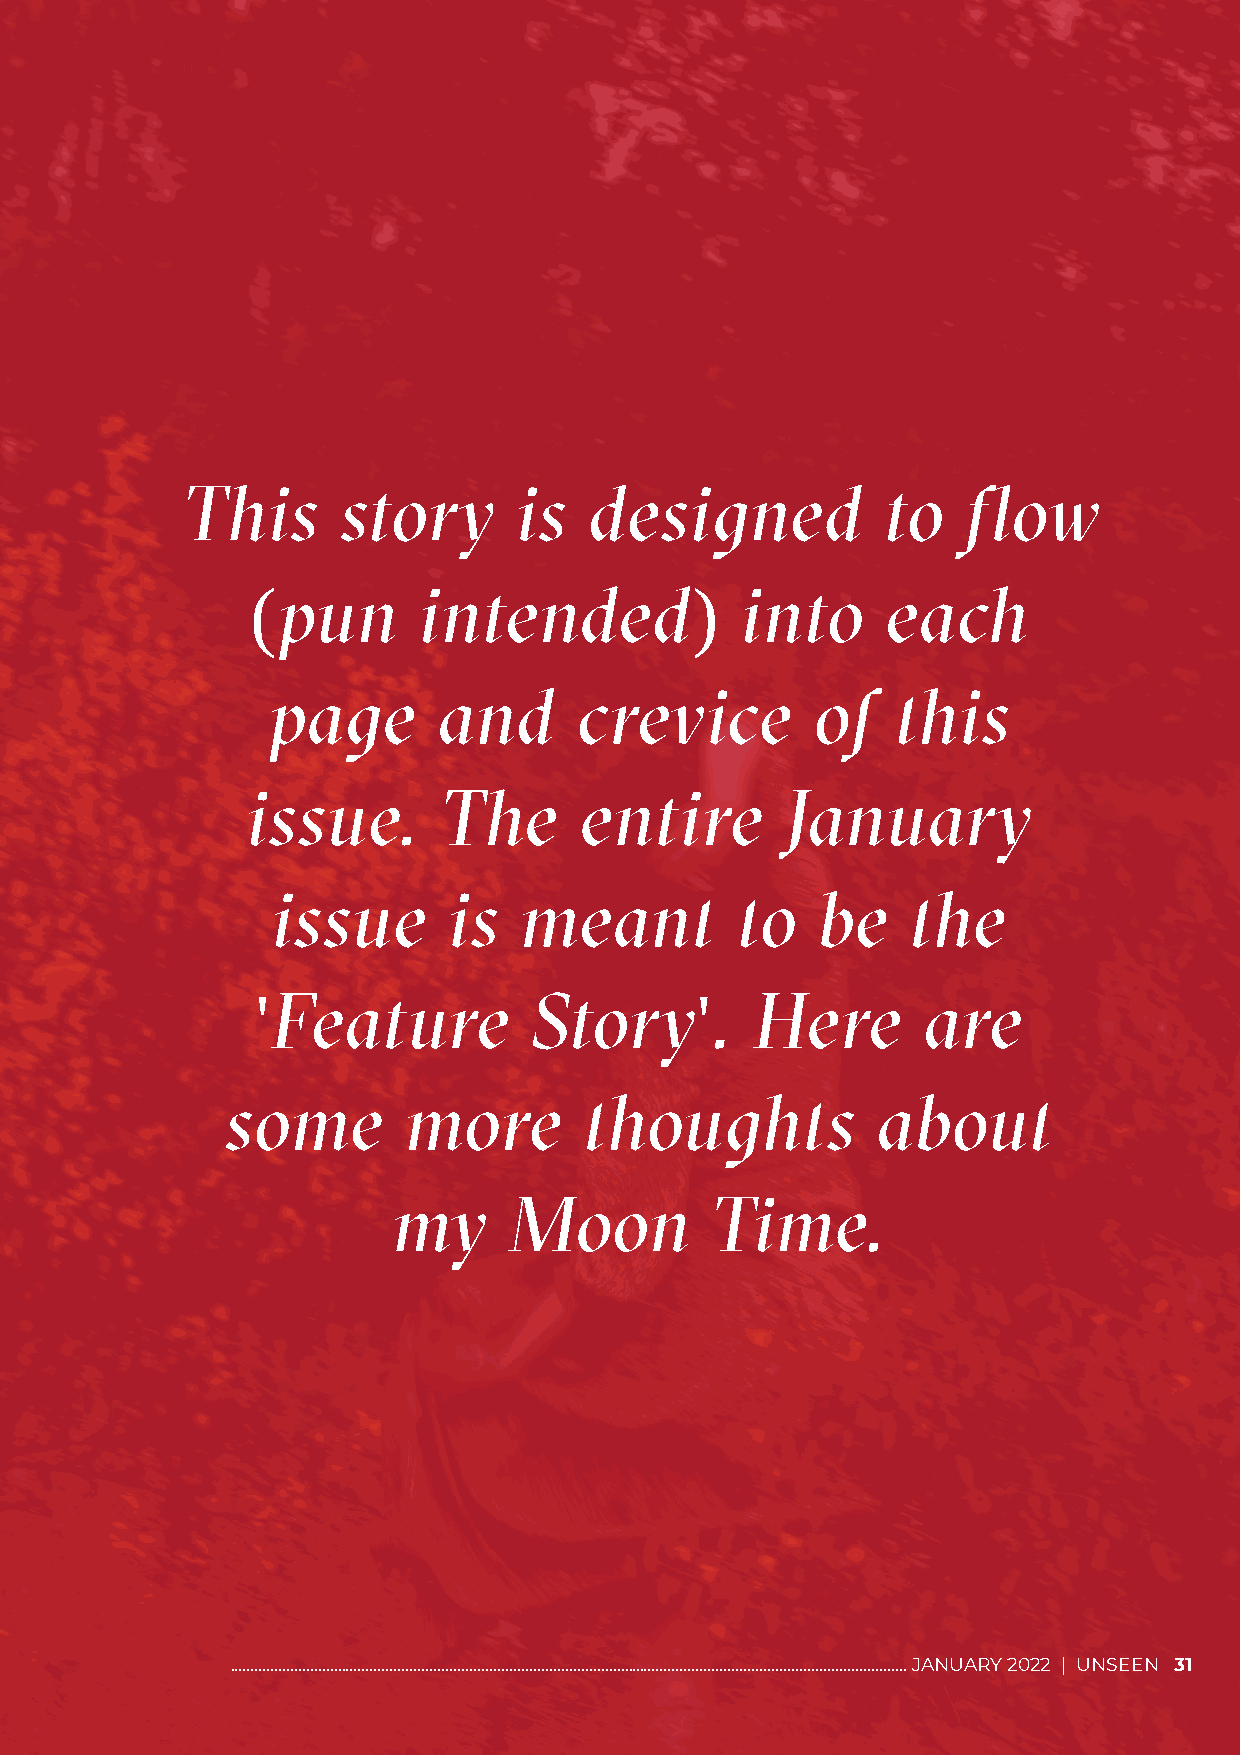
This      story       is   designed            to   flow
 pun       intended             into      each
 (                            )
 page       and      crevice         of   this
 issue.       The      entire        January
 issue       is  meant          to   be    the
 Feature          Story       .  Here       are
 '                            '
 some        more        thoughts           about
 my      Moon         Time.
 .......................................................................................................................................................................... DECEMBER 2021 | UNSEEN 37
 .......................................................................................................................................................................... JANUARY 2022 | UNSEEN 31